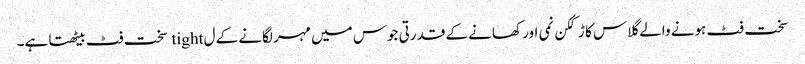
سخت فٹ ہونے والے گلاس کا ڑککن نمی اور کھانے کے قدرتی جوس میں مہر لگانے کے ل tight سخت فٹ بیٹھتا ہے۔